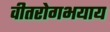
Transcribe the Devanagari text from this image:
वीतरोगभयाय